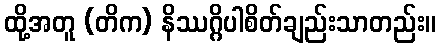
ထို့အတူ (တိက) နိဿဂ္ဂိပါစိတ်ချည်းသာတည်း။